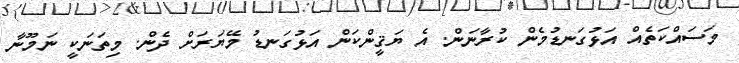
މަސައްކަތެއް އަޅުގަނޑުމެން ކުރާނަން. އެ ޔަޤީންކަން އަޅުގަނޑު މޭޔަރަށް ދެން. މިތަނަކީ ނަމޫނާ